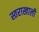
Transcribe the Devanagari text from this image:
स्तराखाली